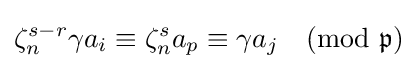
\zeta _{n}^{s-r}\gamma a_{i}\equiv \zeta _{n}^{s}a_{p}\equiv \gamma a_{j}{\pmod {\mathfrak {p}}}